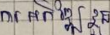
ការអភិវឌ្ឍខ្លួន